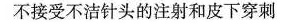
不接受不洁针头的注射和皮下穿刺